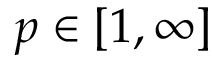
p \in [ 1 , \infty ]